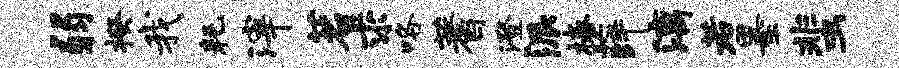
弱揆我耗滓茗求咯蓍澄派椿薛漓若墨蜚